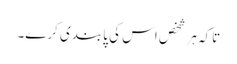
تاکہ ہر شخص اس کی پابندی کرے۔